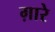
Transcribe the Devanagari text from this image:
ग़ारे